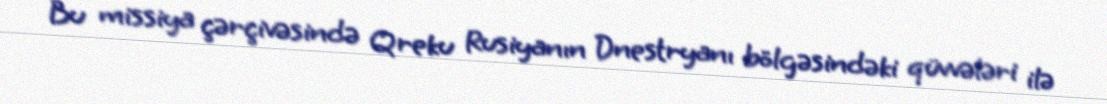
Bu missiya çərçivəsində Qreku Rusiyanın Dnestryanı bölgəsindəki qüvvələri ilə